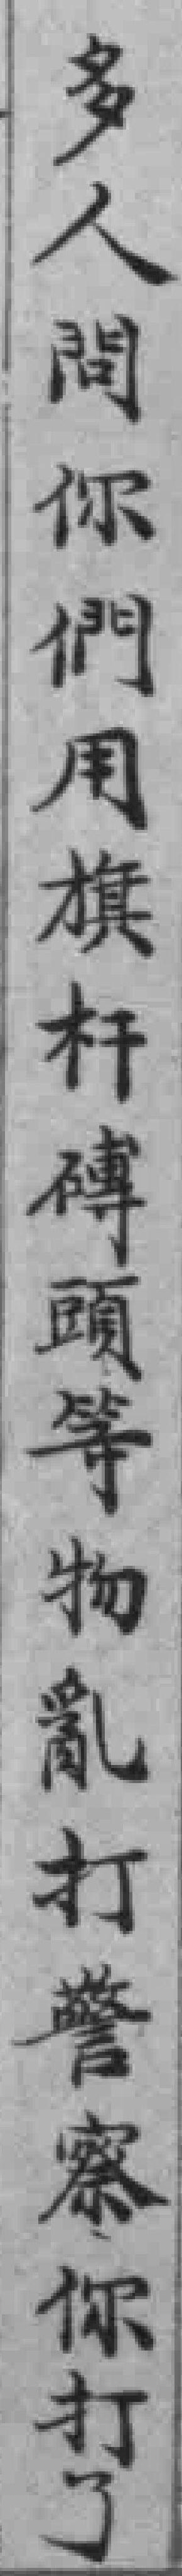
多人間你們用旗杆磚頭等物亂打警察你打了